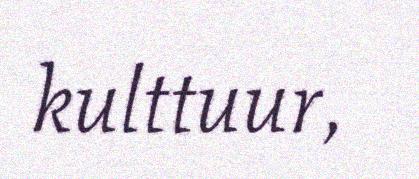
kulttuur,